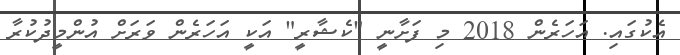
އެކުގައި. އަހަރެން 2018 މި ފަށާނީ "ކެޝާރީ" އަކީ އަހަރެން ވަރަށް އުންމީދުކުރާ